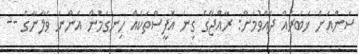
ސަންއަށް ޚަބަރެއް ދެއްވުމަށް: ރާއްޖޭގެ ގިނަ އޮފީސްތަކެއް ހިނގަމުން އަންނަ ވެލާނާގެ --